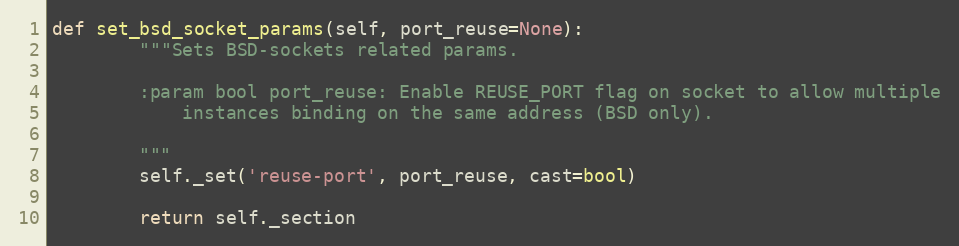
Language: Python
def set_bsd_socket_params(self, port_reuse=None):
        """Sets BSD-sockets related params.

        :param bool port_reuse: Enable REUSE_PORT flag on socket to allow multiple
            instances binding on the same address (BSD only).

        """
        self._set('reuse-port', port_reuse, cast=bool)

        return self._section